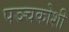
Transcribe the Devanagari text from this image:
पञ्चकोशी